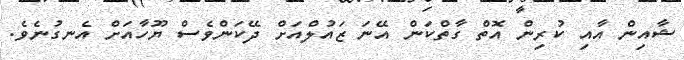
ޝާއިން އާއި ކުރިން އޮތް ގާތްކަން އޭނަ ޒައުލްއަށް ދޭކަންވެސް ޔޫހާއަށް އެނގުނެވެ.